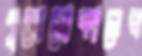
পুরোনোকালের